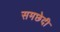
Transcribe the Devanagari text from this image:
समछेदी